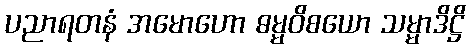
ပညာရတနံ အမောဟော ဓမ္မဝိစယော သမ္မာဒိဋ္ဌိ